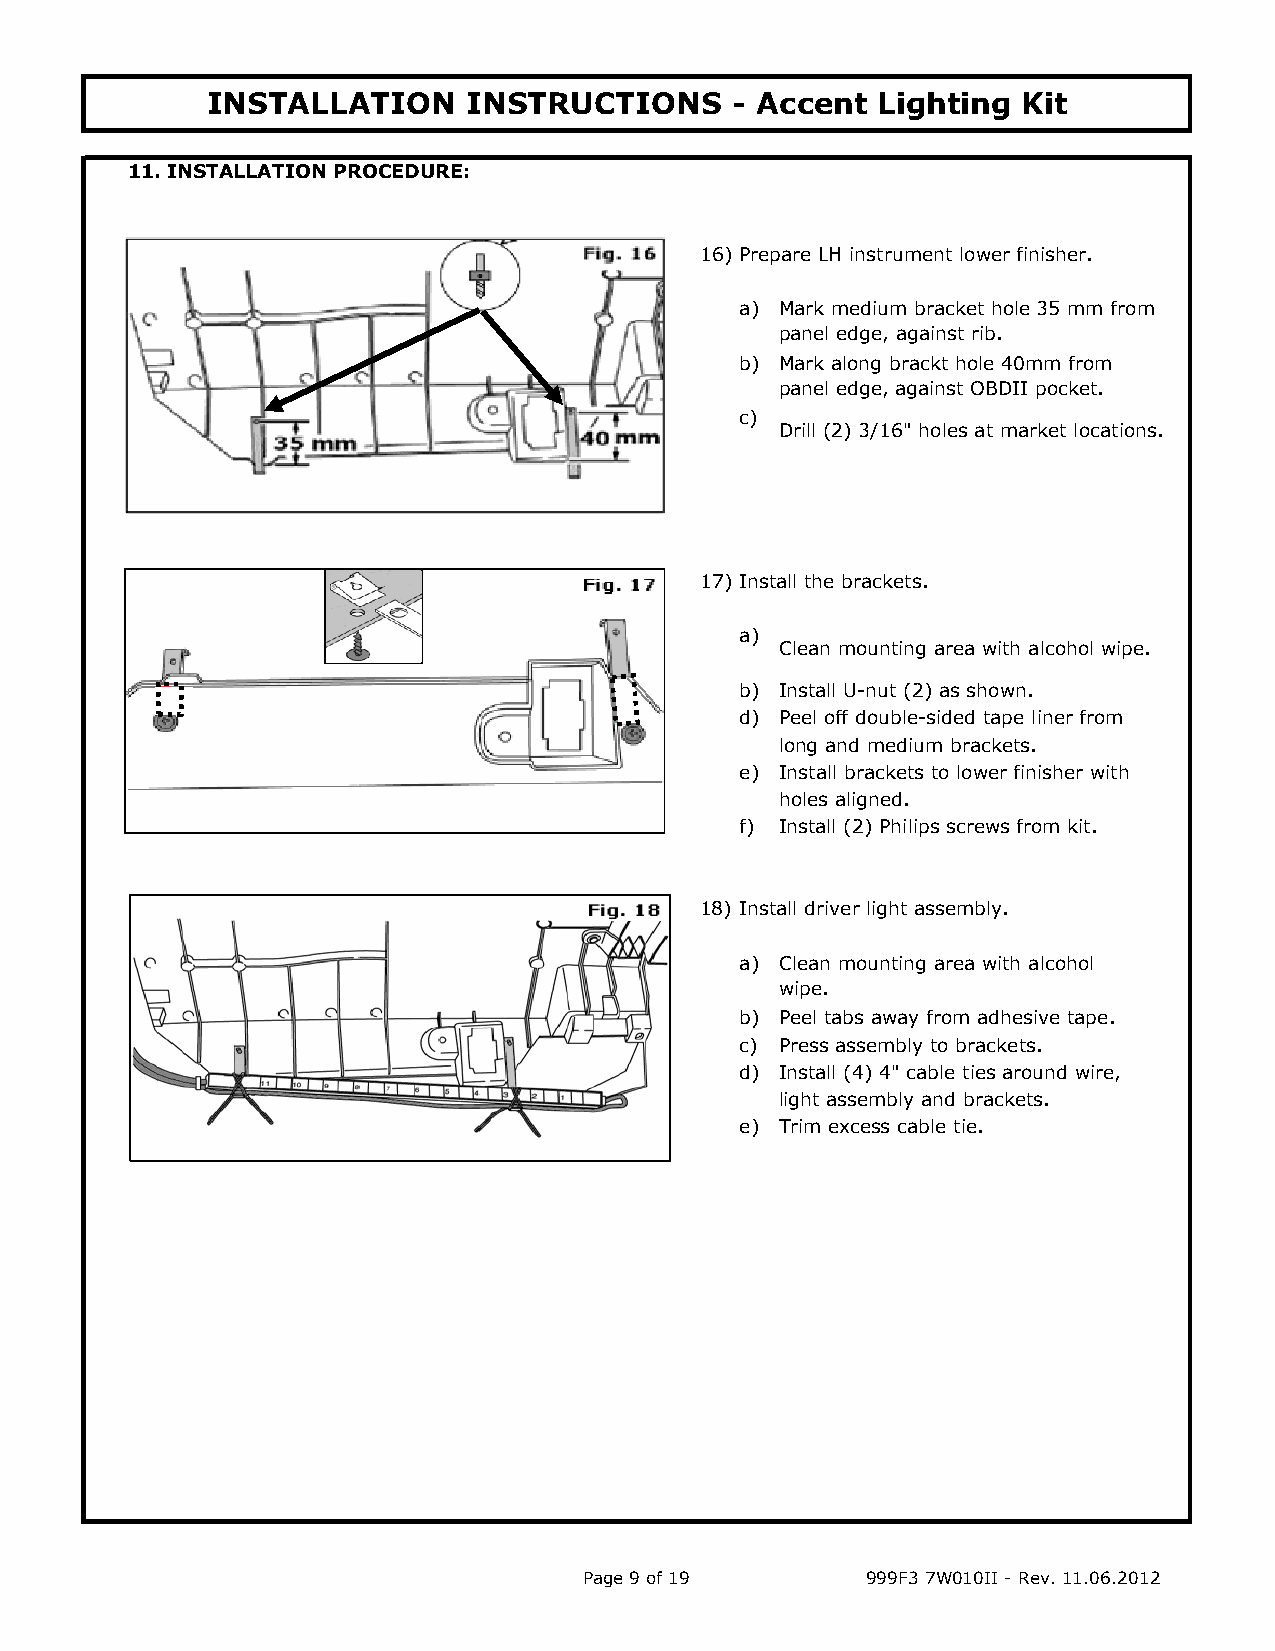
INSTALLATION     INSTRUCTIONS      - Accent Lighting  Kit
 11. INSTALLATION PROCEDURE:
 16) Prepare LH instrument lower finisher.
 a) Mark medium bracket hole 35 mm from
 panel edge, against rib.
 b) Mark along brackt hole 40mm from
 panel edge, against OBDII pocket.
 c)
 Drill (2) 3/16" holes at market locations.
 17) Install the brackets.
 a)
 Clean mounting area with alcohol wipe.
 b) Install U-nut (2) as shown.
 d) Peel off double-sided tape liner from
 long and medium brackets.
 e) Install brackets to lower finisher with
 holes aligned.
 f) Install (2) Philips screws from kit.
 18) Install driver light assembly.
 a) Clean mounting area with alcohol
 wipe.
 b) Peel tabs away from adhesive tape.
 c) Press assembly to brackets.
 d) Install (4) 4" cable ties around wire,
 light assembly and brackets.
 e) Trim excess cable tie.
 Page 9 of 19      999F3 7W010II - Rev. 11.06.2012